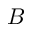
B